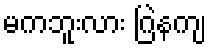
မကဘူးလား ဂြဲနကျ